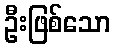
ဦးဖြစ်သော